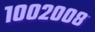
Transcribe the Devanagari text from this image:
१००२००८